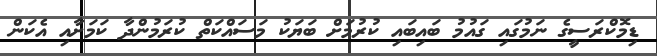
ޑިމޮކްރަސީގެ ނަމުގައި ގައުމު ބައިބައި ކުރުމަށް ބަޔަކު މަސައްކަތް ކުރަމުންދާ ކަމަށާއި އެކަން